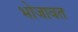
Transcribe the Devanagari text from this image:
भोजावत